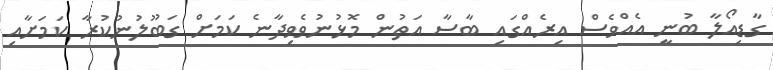
ގާޑިއޯލާ ބުނީ އެއްވެސް އިރެއްގައި ބާސާ އަތުން މޮޅުނުވެވިދާނެ ކަމަށް ގަބޫލުނުކުރާ ކަަމަށާއި